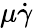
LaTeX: \mu\dot{\gamma}